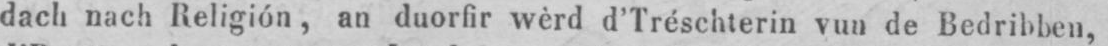
dach nach Religión, an duorfir wèrd d’Tréschterin vun de Bedribben,